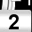
Digit: 2